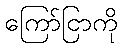
ကြော်ငြာကို